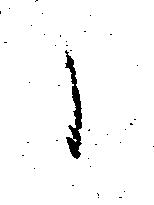
か